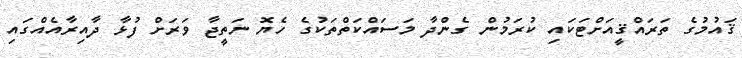
ޤައުމުގެ ތަރައްޤީއަށްޓަކައި ކުރަމުން ގެންދާ މަސައްކަތްތަކުގެ ހެޔޮ ނަތީޖާ ވަރަށް ފުޅާ ދާއިރާއެއްގައި